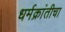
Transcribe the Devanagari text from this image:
धर्मक्रांतीचा